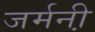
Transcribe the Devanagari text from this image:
जर्मनी़